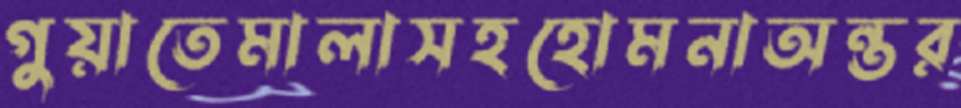
গুয়াতেমালাসহহোমনাঅন্তর